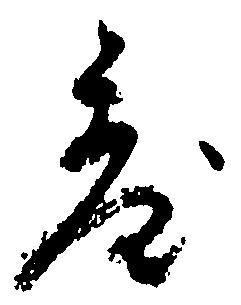
台